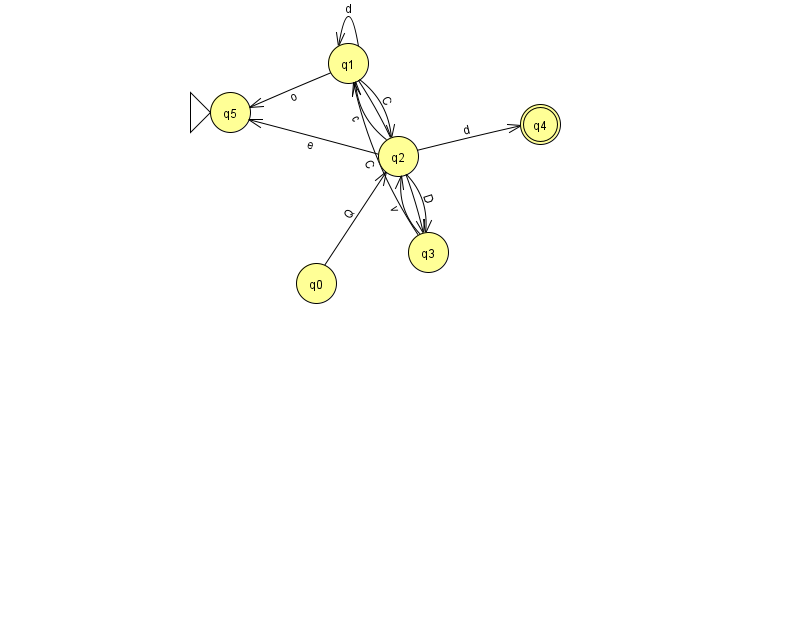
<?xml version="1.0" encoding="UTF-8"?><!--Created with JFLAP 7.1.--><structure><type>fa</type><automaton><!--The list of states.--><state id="0" name="q0"><x>316.0</x><y>270.0</y></state><state id="1" name="q1"><x>348.0</x><y>50.0</y></state><state id="2" name="q2"><x>398.0</x><y>143.0</y></state><state id="3" name="q3"><x>428.0</x><y>239.0</y></state><state id="4" name="q4"><x>540.0</x><y>111.0</y><final/></state><state id="5" name="q5"><x>230.0</x><y>99.0</y><initial/></state><!--The list of transitions.--><transition><from>1</from><to>2</to><read>C</read></transition><transition><from>2</from><to>1</to><read>c</read></transition><transition><from>3</from><to>1</to><read>C</read></transition><transition><from>1</from><to>1</to><read>d</read></transition><transition><from>3</from><to>2</to><read>v</read></transition><transition><from>2</from><to>5</to><read>e</read></transition><transition><from>1</from><to>3</to><read>w</read></transition><transition><from>2</from><to>3</to><read>D</read></transition><transition><from>2</from><to>4</to><read>d</read></transition><transition><from>0</from><to>2</to><read>Q</read></transition><transition><from>1</from><to>5</to><read>o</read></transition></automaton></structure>